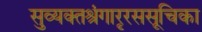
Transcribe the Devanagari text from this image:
सुव्यक्तश्रृंगाररससूचिका